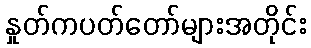
နှုတ်ကပတ်တော်များအတိုင်း